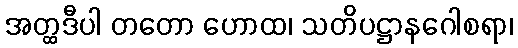
အတ္ထဒီပါ တတော ဟောထ၊ သတိပဋ္ဌာနဂေါစရာ၊